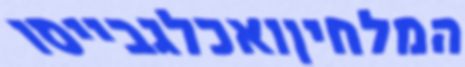
המלחיןואכלגבייסו